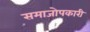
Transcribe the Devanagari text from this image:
समाजोपकारी